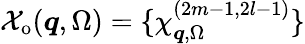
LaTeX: \mathcal{X}_{\mathrm{o}}(\boldsymbol{q},\Omega)=\{ \chi_{\boldsymbol{q},\Omega}^{(2m-1,2l-1)}\}